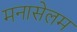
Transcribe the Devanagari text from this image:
मनासेलम